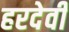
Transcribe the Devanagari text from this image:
हरदेवी